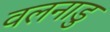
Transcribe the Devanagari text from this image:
वलनाडु